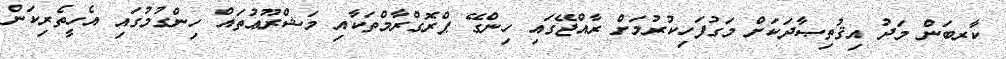
ކާރބަން މަދު އިޤުތިޞާދަކަށް މަގުފަހިކުރުމަށް ރާއްޖޭގައި ހިންގޭ ޕްރޮގްރާމްތަކާއި މަޝްރޫޢުތައް ހިންގުމުގައި އެހީތެރިކަން